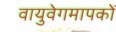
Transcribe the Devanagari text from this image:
वायुवेगमापकों